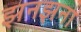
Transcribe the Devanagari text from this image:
झनझना